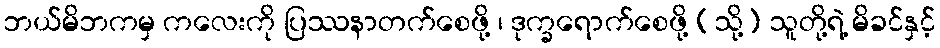
ဘယ်မိဘကမှ ကလေးကို ပြဿနာတက်စေဖို့ ၊ ဒုက္ခရောက်စေဖို့ (သို့) သူတို့ရဲ့ မိခင်နှင့်